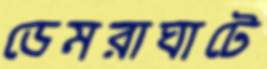
ডেমরাঘাটে